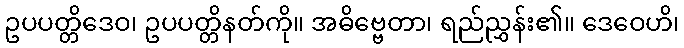
ဥပပတ္တိဒေဝ၊ ဥပပတ္တိနတ်ကို။ အဓိဗ္ဗေတာ၊ ရည်ညွှန်း၏။ ဒေဝေဟိ၊